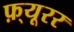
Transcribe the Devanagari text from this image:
फ़्यूरर